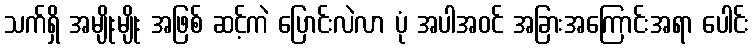
သက်ရှိ အမျိုးမျိုး အဖြစ် ဆင့်ကဲ ပြောင်းလဲလာ ပုံ အပါအဝင် အခြားအကြောင်းအရာ ပေါင်း